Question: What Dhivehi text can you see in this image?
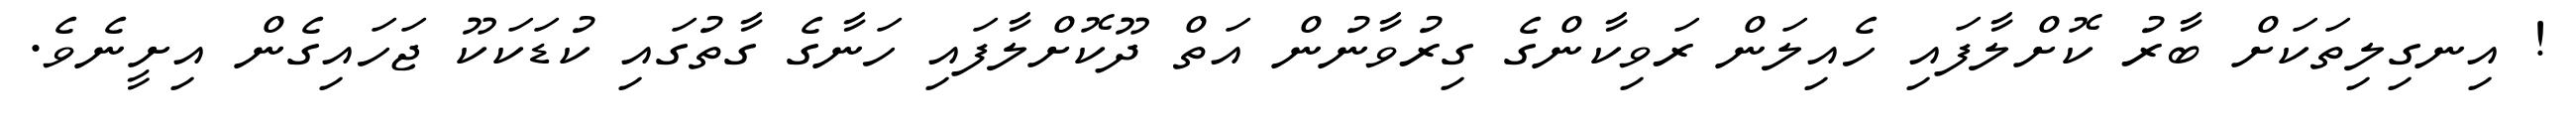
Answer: ! އިނގިލިތަކަށް ބާރު ކޮށްލާފައި ހެއިލަން ރަވިކާންގެ ގިރުވާނުން އަތް ދޫކޮށްލާފައި ހަނާގެ ގާތުގައި ކުޑަކަކޫ ޖަހައިގެން އިށީނެވެ.